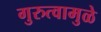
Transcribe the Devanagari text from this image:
गुरुत्वामुळे